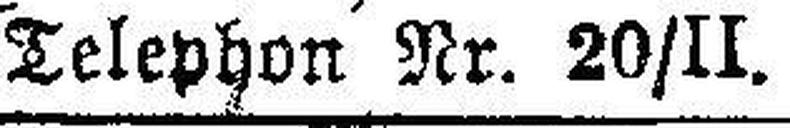
Telephon Nr. 20/II.